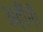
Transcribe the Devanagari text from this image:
अहींनी